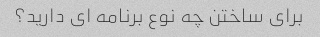
برای ساختن چه نوع برنامه ای دارید؟